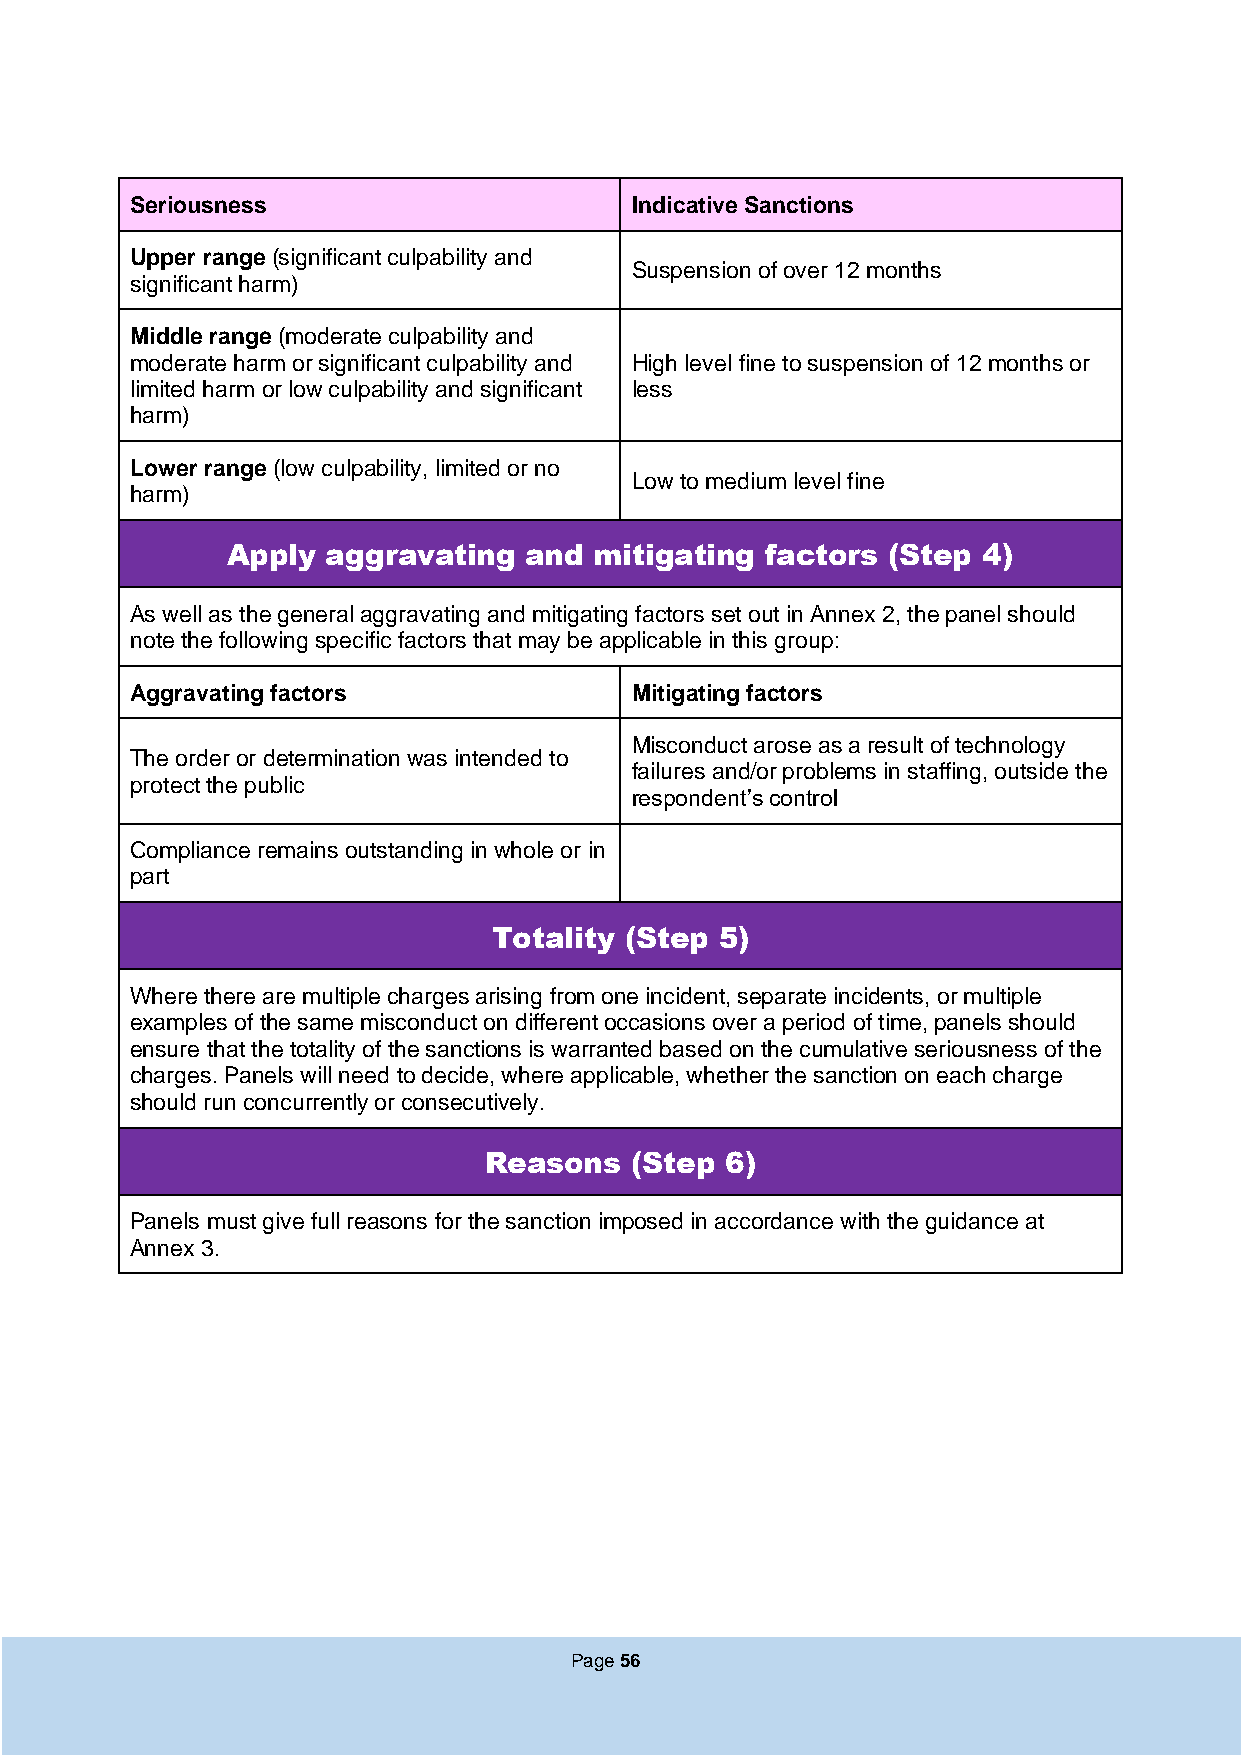
Seriousness                      Indicative Sanctions
 Upper range (significant culpability and
 Suspension of over 12 months
 significant harm)
 Middle range (moderate culpability and
 moderate harm or significant culpability and High level fine to suspension of 12 months or
 limited harm or low culpability and significant less
 harm)
 Lower range (low culpability, limited or no
 Low to medium level fine
 harm)
 Apply  aggravating  and mitigating  factors (Step 4)
 As well as the general aggravating and mitigating factors set out in Annex 2, the panel should
 note the following specific factors that may be applicable in this group:
 Aggravating factors              Mitigating factors
 Misconduct arose as a result of technology
 The order or determination was intended to
 failures and/or problems in staffing, outside the
 protect the public
 respondent’s control
 Compliance remains outstanding in whole or in
 part
 Totality (Step 5)
 Where there are multiple charges arising from one incident, separate incidents, or multiple
 examples of the same misconduct on different occasions over a period of time, panels should
 ensure that the totality of the sanctions is warranted based on the cumulative seriousness of the
 charges. Panels will need to decide, where applicable, whether the sanction on each charge
 should run concurrently or consecutively.
 Reasons   (Step 6)
 Panels must give full reasons for the sanction imposed in accordance with the guidance at
 Annex 3.
 Page 56